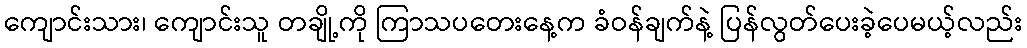
ကျောင်းသား၊ ကျောင်းသူ တချို့ကို ကြာသပတေးနေ့က ခံဝန်ချက်နဲ့ ပြန်လွတ်ပေးခဲ့ပေမယ့်လည်း